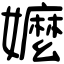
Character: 嬤